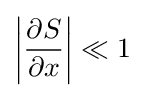
\left|{\frac {\partial S}{\partial x}}\right|\ll 1